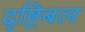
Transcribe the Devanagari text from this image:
दृष्टिबल